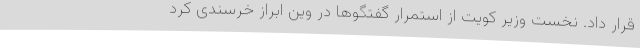
قرار داد. نخست وزیر کویت از استمرار گفتگوها در وین ابراز خرسندی کرد